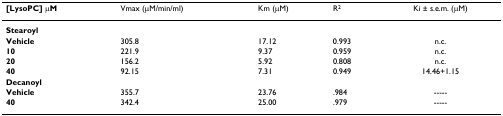
| [LysoPC] μM | Vmax (μM/min/ml) | Km (μM) | R2 | Ki ± s.e.m. (μM) |
 | --- | --- | --- | --- | --- |
 | Stearoyl |  |  |  |  |
 | Vehicle | 305.8 | 17.12 | 0.993 | n.c. |
 | 10 | 221.9 | 9.37 | 0.959 | n.c. |
 | 20 | 156.2 | 5.92 | 0.808 | n.c. |
 | 40 | 92.15 | 7.31 | 0.949 | 14.46+1.15 |
 | Decanoyl |  |  |  |  |
 | Vehicle | 355.7 | 23.76 | .984 | ----- |
 | 40 | 342.4 | 25.00 | .979 | ----- |